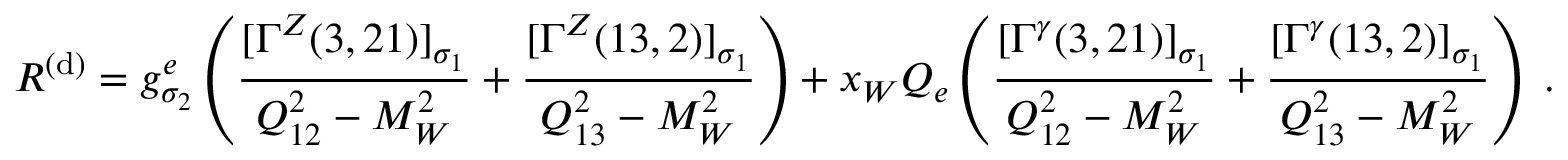
{ \cal R } ^ { ( \mathrm { d } ) } = g _ { \sigma _ { 2 } } ^ { e } \left( \frac { [ \Gamma ^ { Z } ( 3 , 2 1 ) ] _ { \sigma _ { 1 } } } { Q _ { 1 2 } ^ { 2 } - M _ { W } ^ { 2 } } + \frac { [ \Gamma ^ { Z } ( 1 3 , 2 ) ] _ { \sigma _ { 1 } } } { Q _ { 1 3 } ^ { 2 } - M _ { W } ^ { 2 } } \right) + x _ { W } Q _ { e } \left( \frac { [ \Gamma ^ { \gamma } ( 3 , 2 1 ) ] _ { \sigma _ { 1 } } } { Q _ { 1 2 } ^ { 2 } - M _ { W } ^ { 2 } } + \frac { [ \Gamma ^ { \gamma } ( 1 3 , 2 ) ] _ { \sigma _ { 1 } } } { Q _ { 1 3 } ^ { 2 } - M _ { W } ^ { 2 } } \right) \; .